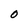
Character: O